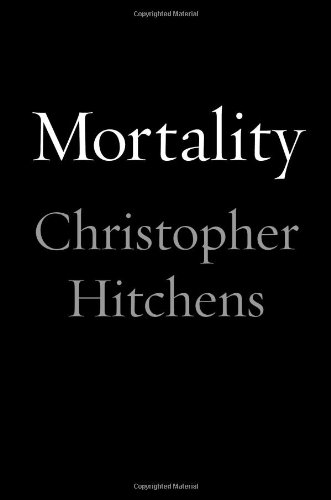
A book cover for Mortality; Christopher Hitchens; Politics & Social Sciences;